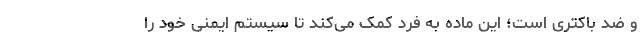
و ضد باکتری است؛ این ماده به فرد کمک می‌کند تا سیستم ایمنی خود را